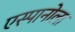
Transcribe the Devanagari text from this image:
एस्पानोला